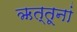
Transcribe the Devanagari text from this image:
ऋत्तूनां